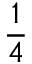
\frac 1 4